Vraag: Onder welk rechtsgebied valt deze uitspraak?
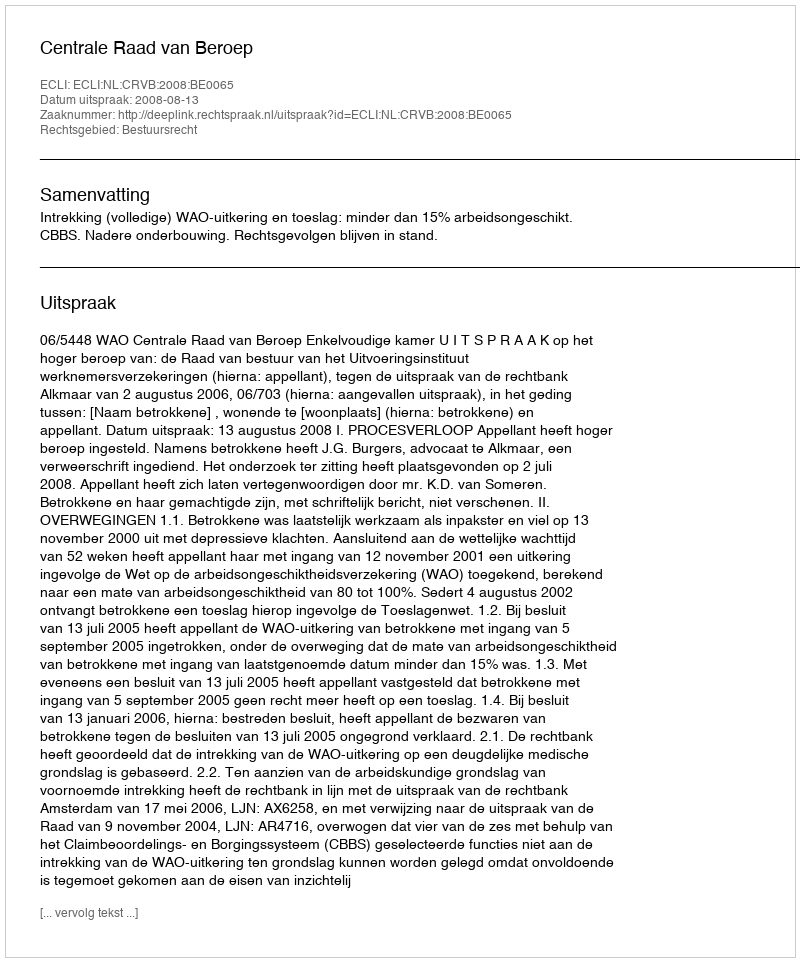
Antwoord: Bestuursrecht